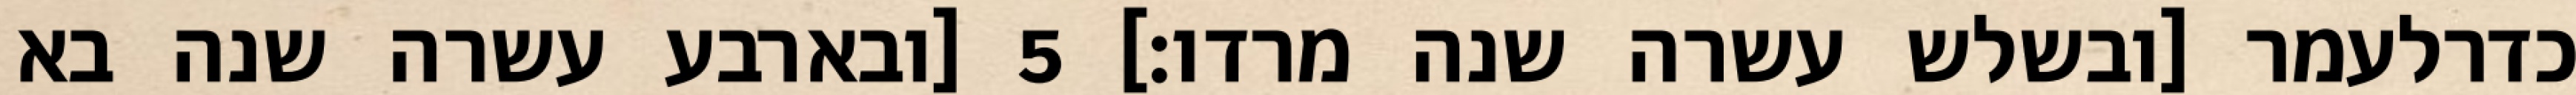
כדרלעמר [ובשלש עשרה שנה מרדו׃] ‎5‏ [ובארבע עשרה שנה בא